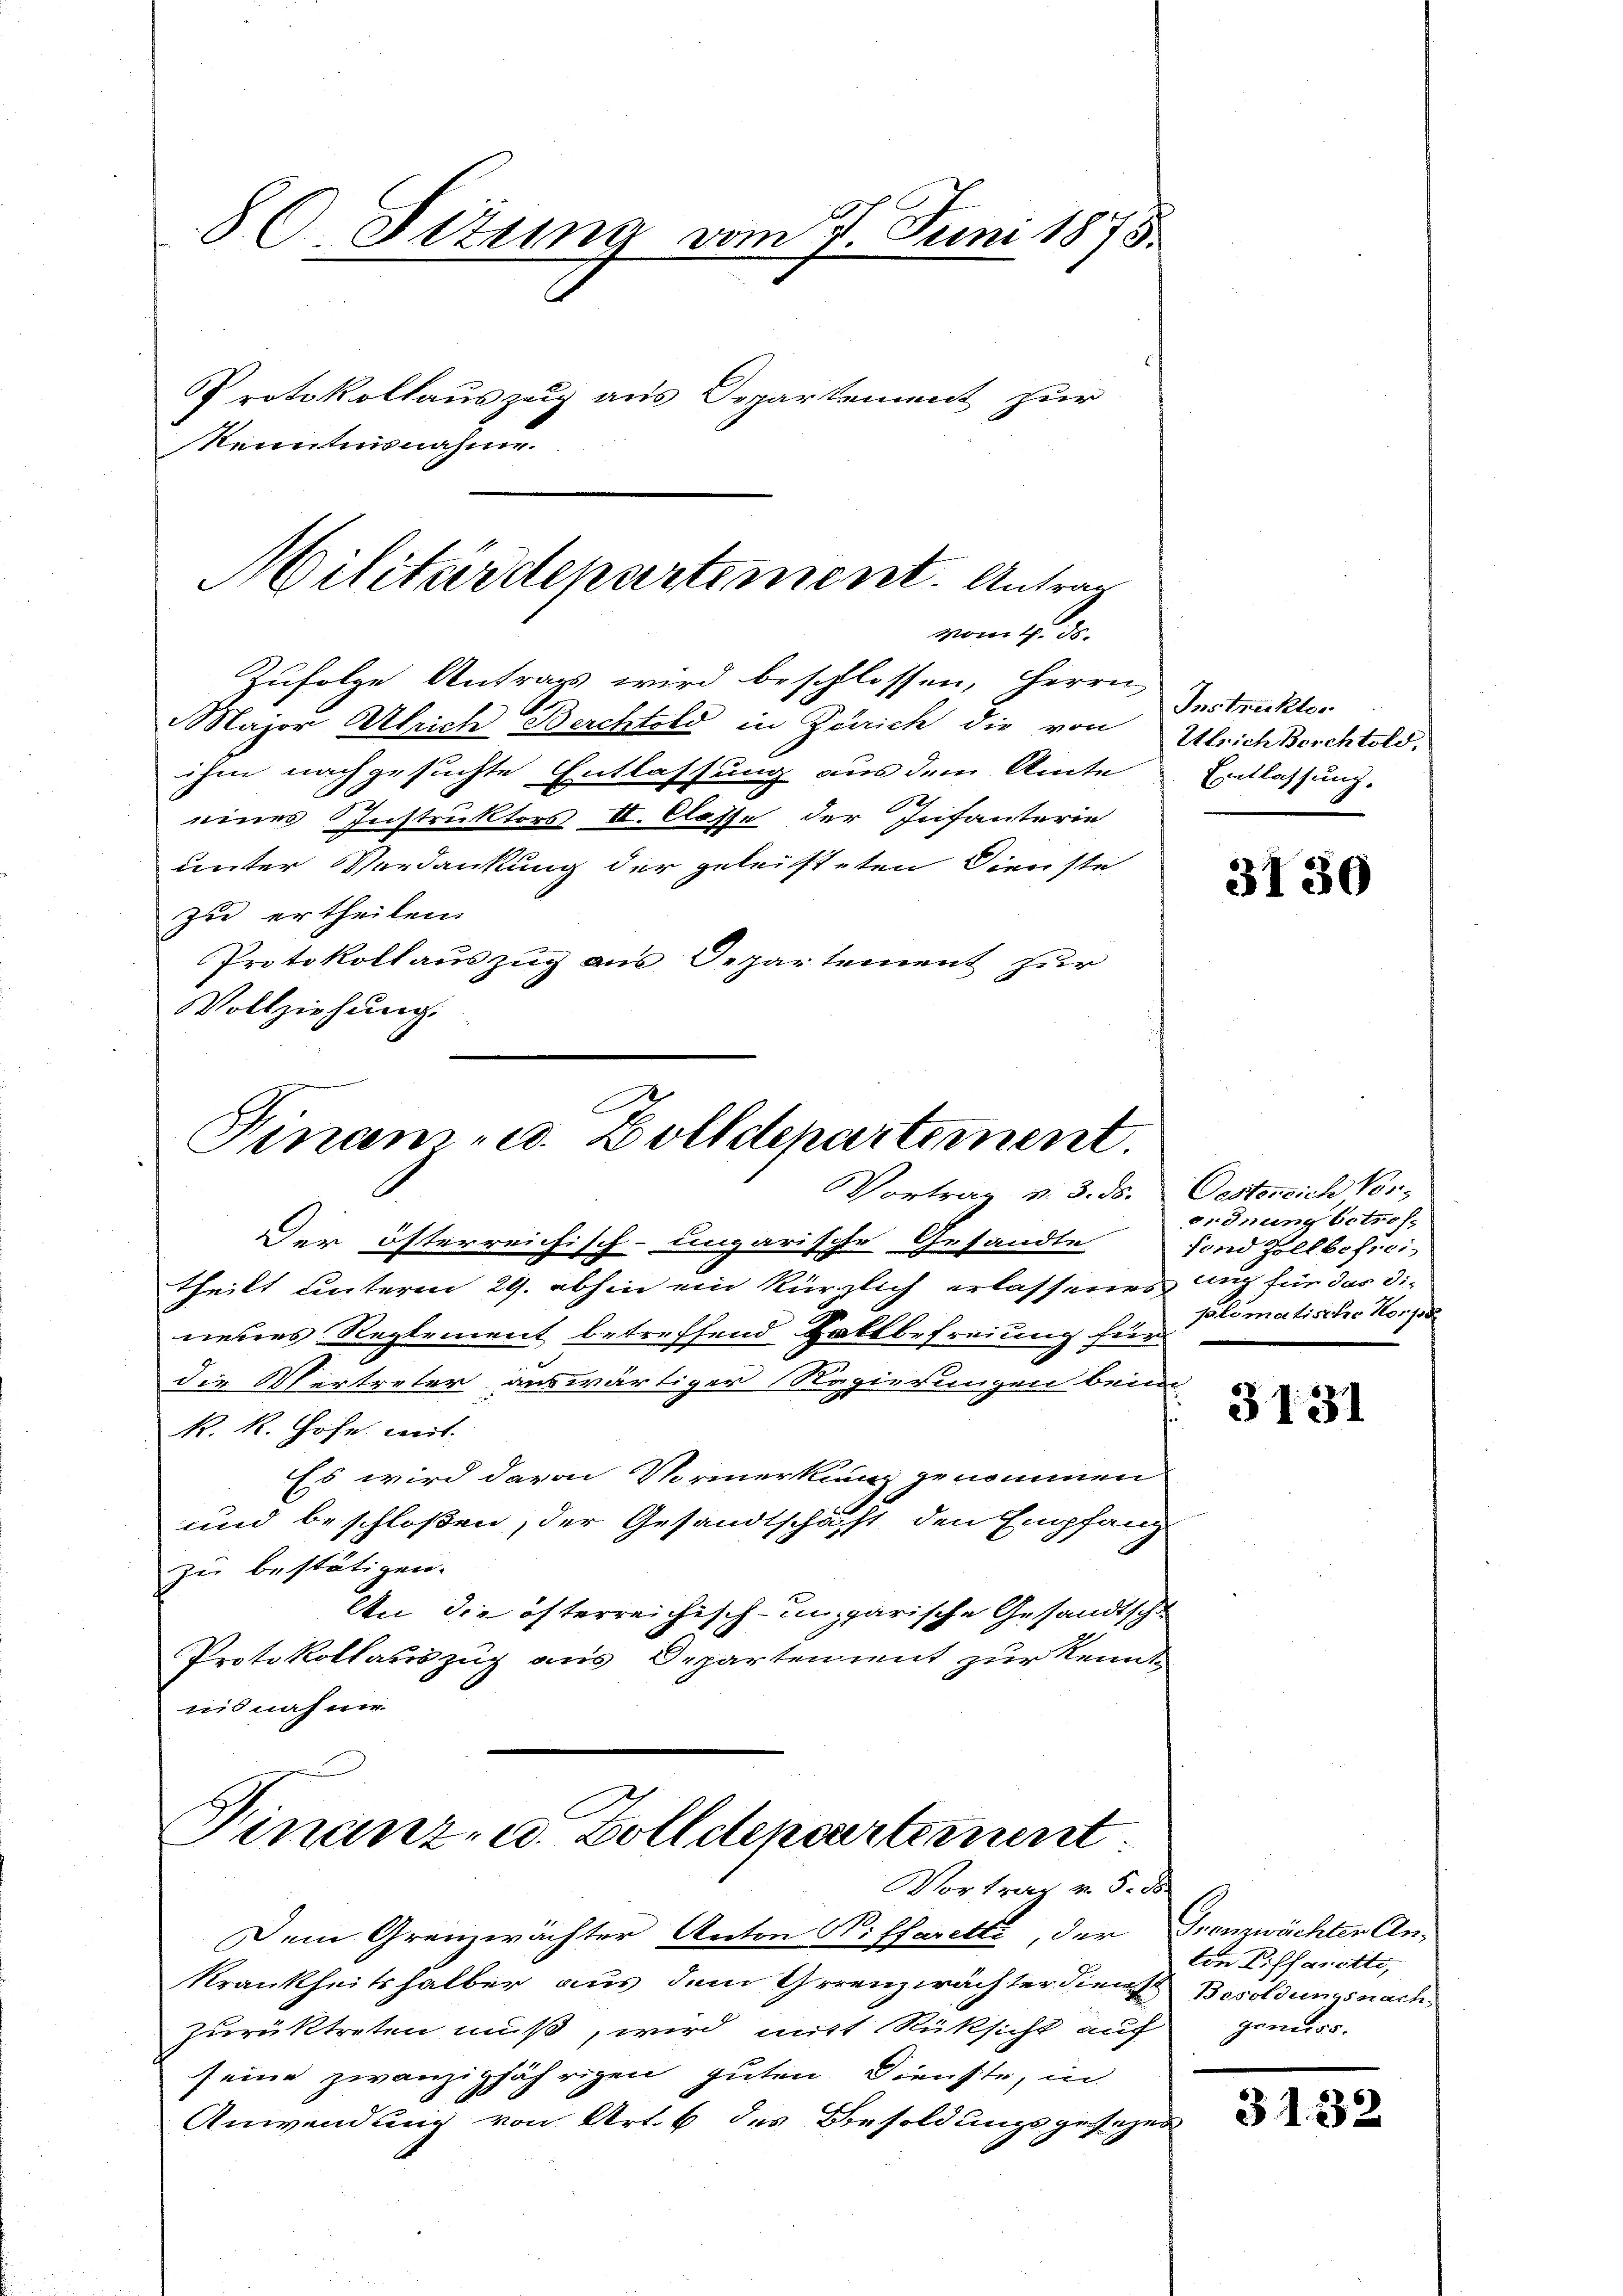
80. Situng vom 7 Juni 1875.
Protokollauszug aus Departement zur
Kenntnisnahme.

Militärdepartement. Antrag
vom 1. ds.
Zufolge Antrag wird beschlossen, Herrn
Major Ulrich Berchtold in Zürich die von Instruktor

ihm nachgesuchte Entlassung aus dem Amte Erlassung.
zue ertheilen.
Protokollauszug aus Departement zur
Vollziehung.

eines Instruktors II. Classe der Infanterie
unter Verdankung der geleisteten Dienste

Finan- u. Zolldepartement.
Vortrag v. 3. ds. Oestensich Vor-
Der österreichisch-ungarische Gesandte

theilt unterm 29. abhin ein kürzlich erlassenes auch für das dinebens Reglement betreffend Baktbefreiung für
die Vertreter auswärtiger Regierungen beim
R. R. Hofe mit
Es wird davon Vormerkung genommen
und beschloßen, der Gesandtschaft den Empfang
zu bestätigen.
An die öfterreichisch-ungarische Gesandtsche
Protokollauszug aus Departen mit zur Kennt
nis nach nie

Finanz- u. Zolldepartement
Vortrag v. 5. d

Dem Grenzerächter Anton N. ffaretti, der
Krankheitshalber aus dem Grenzwächter die Besoldungsnach
zurücktreten muß, wird mit Rüksicht auf gemis
seine zwanzigjährigen guten Dienste, in
Anwendung von Art. 6 des Besoldungsgesezen

Ulrich Berchtold,

3130

ordnung betroffond Zollbefreisalomatische Korps

3131

Grenzwächten Anton Diffarotti,

3132